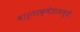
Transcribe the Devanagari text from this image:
वार्ताक्षेत्रामध्ये